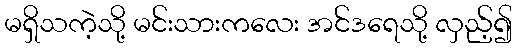
မရှိသကဲ့သို့ မင်းသားကလေး အင်ဒရေသို့ လှည့်၍